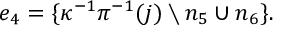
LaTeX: e _ { 4 } = \{ \kappa ^ { - 1 } \pi ^ { - 1 } ( j ) \setminus n _ { 5 } \cup n _ { 6 } \} .